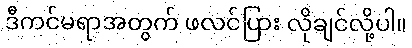
ဒီကင်မရာအတွက် ဖလင်ပြား လိုချင်လို့ပါ။